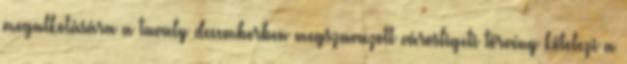
megalkotására a tavaly decemberben megszavazott városligeti törvény kötelezi a